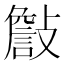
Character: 𣀁